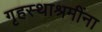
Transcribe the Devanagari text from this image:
गृहस्थाश्रमींना